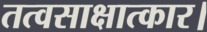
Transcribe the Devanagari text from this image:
तत्वसाक्षात्कार।